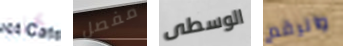
كنت مفصل الوسطى والرقم